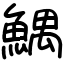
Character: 鰅